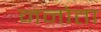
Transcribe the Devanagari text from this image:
ननोता